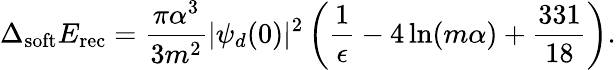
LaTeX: \Delta_{\mathrm{soft}}E_{\mathrm{rec}}=\frac{\pi\alpha^{3}}{3m^{2}}|\psi_{d}(0)|^{2}\left(\frac{1}{\epsilon}-4\ln(m\alpha)+\frac{331}{18}\right).